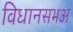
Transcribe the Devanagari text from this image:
विधानसभअ